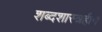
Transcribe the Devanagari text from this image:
शब्दशास्त्रहीन